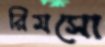
রিমসো